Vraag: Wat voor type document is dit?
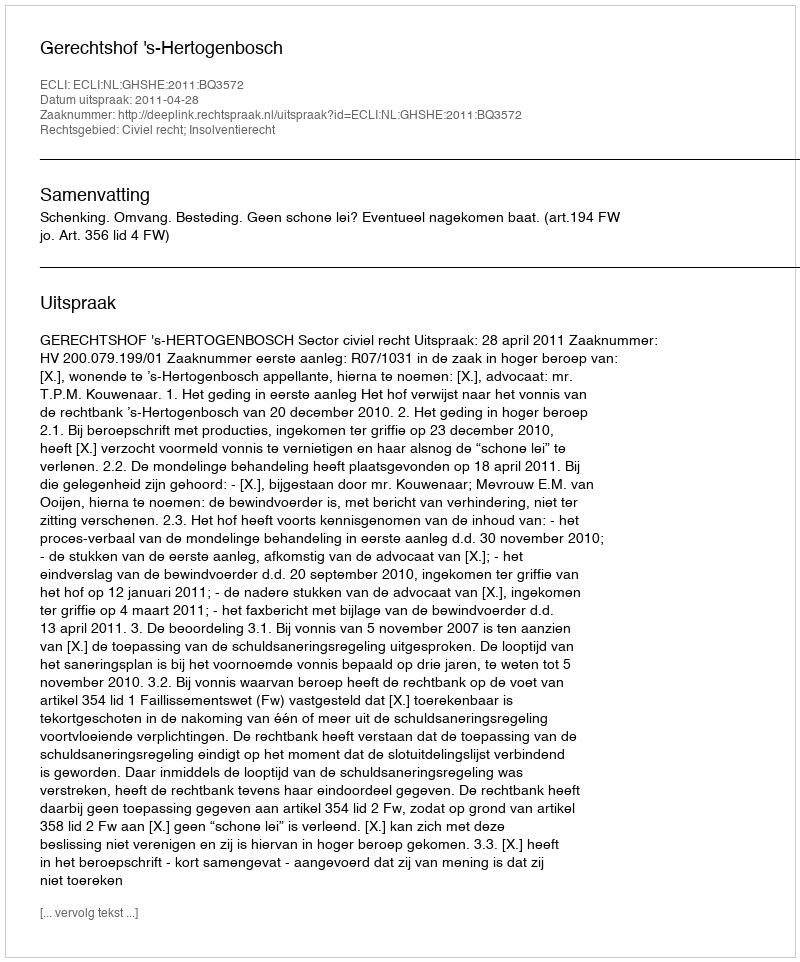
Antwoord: Uitspraak